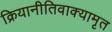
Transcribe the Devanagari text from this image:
क्रियानीतिवाक्यामृत